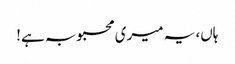
ہاں، یہ میری محبوبہ ہے!